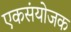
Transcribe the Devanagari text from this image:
एकसंयोजक